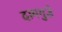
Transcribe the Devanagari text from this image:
दामगुडे